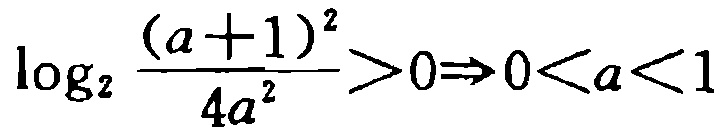
\(\log_{2}\frac{(a + 1)^{2}}{4a^{2}}>0\Rightarrow0 < a < 1\)